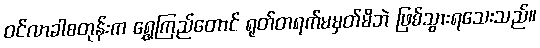
ဝင်လာခါစတုန်းက ရွှေကြည်တောင် ရုတ်တရက်မမှတ်မိဘဲ ဖြစ်သွားရသေးသည်။